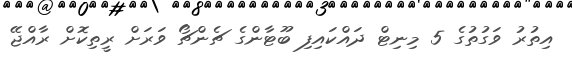
އިތުރު ވަގުތުގެ 5 މިނިޓް ދައްކައިފި ބޫޓާންގެ ޗެންޗޯ ވަރަށް ރީތިކޮށް ރާއްޖޭ